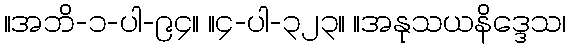
။အဘိ-၁-ပါ-၉၄။ ။၄-ပါ-၃၂၃။ ။အနုသယနိဒ္ဒေသ၊